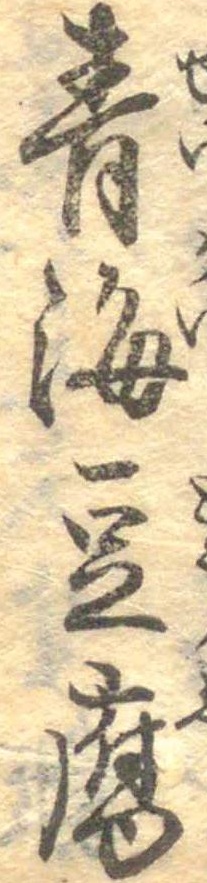
青海豆腐